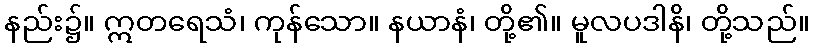
နည်း၌။ ဣတရေသံ၊ ကုန်သော။ နယာနံ၊ တို့၏။ မူလပဒါနိ၊ တို့သည်။